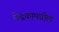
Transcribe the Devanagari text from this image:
केंद्रकामधील